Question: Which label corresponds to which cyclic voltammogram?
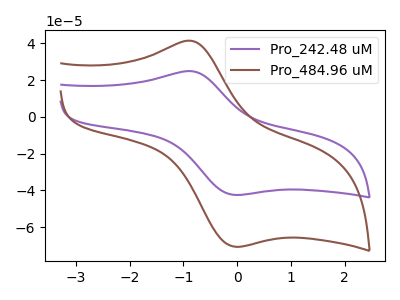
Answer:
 <answer>The purple curve is labeled "Pro_242.48 uM". The brown curve is labeled "Pro_484.96 uM".</answer>
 <eval></eval>